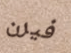
فيرن